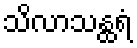
သိလာသန္ထရံ